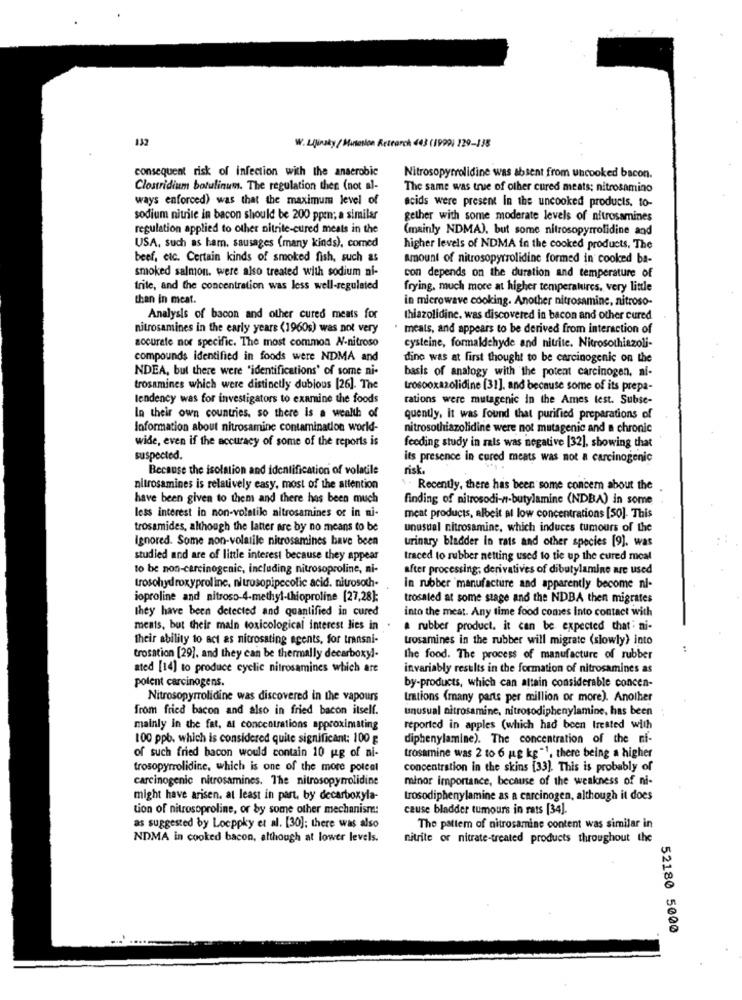
132
W. LAlunaky/Mansotion Retrarch 443 (1999) 229-138
consequent risk of infection with the anaerobic
Nitrosopyrrolidine was absent from uncooked bacon.
Clostridium botulinum. The regulation then (not al-
The same was true of other cured meats; nitrosamino
ways enforced) was that the maximum level of
acids were present in the uncooked products. to-
sodium nitrite in bacon should be 200 ppen; a similar
gether with some moderate levels of nitrosamines
regulation applied to other nitrite-cured meats in the
(mainly NDMA), but some nitrosopyrrolidine and
USA, such as ham, sausages (many kinds), comed
higher levels of NDMA in the cooked products. The
beef, etc. Certain kinds of smoked fish, such as
Amount of nitrosopyrrolidine formed in cooked ba-
smoked salmon. were also treated with sodium ni-
con depends on the duration and temperature of
trile, and the concentration was less well-regulated
frying, much more at higher temperatures, very little
than in meat.
in microwave cooking. Another nitrosamine, nitroso-
Analysis of bacon and other cured meats for
thiazolidine, was discovered in bacon and other cured
nitrosamines in the early years (1960s) was not very
meals, and appears to be derived from interaction of
socurate nor specific. The most common N-nitroso
cysteine, formaldehyde and nitrite. Nitrosothiazoli-
compounds identified in foods were NDMA and
dino was at first thought to be carcinogenic on the
NDEA, but there were "identifications' of some ni-
basis of analogy with the potent carcinogen, ni-
trosamines which were distinctly dubious [26]. The
trosooxazolidine (31], and because some of its prepa-
tendency was for investigators to examine the foods
rations were mutagenic in the Ames test. Subse-
In their own countries, so there is a wealth of
quently. It was found that purified preparations of
Information about nitrosamine contamination world-
nitrosothiazolidine were not mutagenic and a chronic
wide, even if the accuracy of some of the reports is
feeding study in rals was negative [32], showing that
suspected.
its presence in cured meats was not a carcinogenic
Because the isolation and identification of volatile
risk.
nitrosamines is relatively easy, most of the attention
. Recently, there has been some concern about the
have been given to them and there has been much
finding of nitrosodi-n-butylamine (NDBA) in some
less interest in non-volatile altrosamines or in ni-
meat products, albeit at low concentrations [50]. This
trosamides, although the latter are by no means to be
unusual nitrosamine, which induces tumours of the
Ignored. Some non-volatile nitrosamines have been
urinary bladder In rats and other species [9]. was
studied and are of little interest because they appear
traced to rubber netting used to tie up the cured moat
to be non-carcinogenic, including nitrosoproline, ni-
after processing; derivatives of dibutylamine are used
trosohydroxyproline, nitrosopipecolic acid. nitrosoch-
in rubber manufacture and apparently become ni-
ioproline and nitroso-4-methyl-thioproline [27,28]:
trosaled at some stage and the NDBA then migrates
They have been detected and quantified in cured
into the meat. Any time food comes Into contact with
meats, but their main toxicological interest lies in .
a rubber product. it can be expected that; ni-
their ability to act as nitrosating agents, for transni-
trosamines in the rubber will migrate (slowly) into
trosation [29), and they can be thermally decarboxyl-
the food. The process of manufacture of rubber
ated [14] to produce cyclic nitrosamines which are
invariably results in the formation of nitrosamines as
polent carcinogens.
by-products, which can altain considerable concen-
Nitrosopyrrolidine was discovered in the vapours
Imtions (many parts per million or more). Another
from fried bacon and also in fried bacon itself.
unusual nitrosamine, nitrosodiphenylamine, has been
mainly in the fat, al concentrations approximating
reported in apples (which had been treated with
100 ppb. which is considered quite significant: 100 g
diphenylamine). The concentration of the ni-
of such fried bacon would contain 10 ug of ai-
trosamine was 2 to 6 mg kg "1, there being a higher
trosopyrrolidine, which is one of the more poleal
concentration in the skins [33]. This is probably of
carcinogenic nitrosamines. The nitrosopyrolidine
minor importance, because of the weakness of ni-
might have arisen. at least in part. by decarboxyla-
trosodiphenylamine as a carcinogen, although it does
tion of nitrosoproline, or by some other mechanisme:
cause bladder tumours in rats [34].
as suggested by Locppky et al. [30]; there was also
The pattem of nitrosamine content was similar in
NDMA in cooked bacon, although at lower levels.
nitrite or nitrate-treated products throughout the
52180 5000